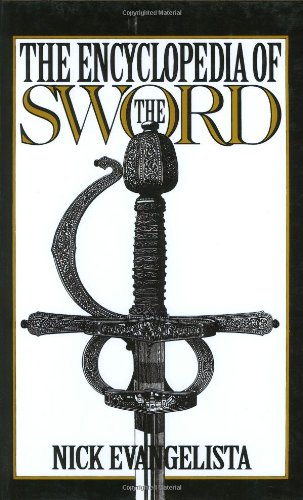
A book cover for The Encyclopedia of the Sword; Nick Evangelista; Humor & Entertainment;